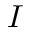
\boldsymbol { I }